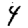
Digit: 4